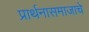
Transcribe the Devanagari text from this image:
प्रार्थनासमाजाचे